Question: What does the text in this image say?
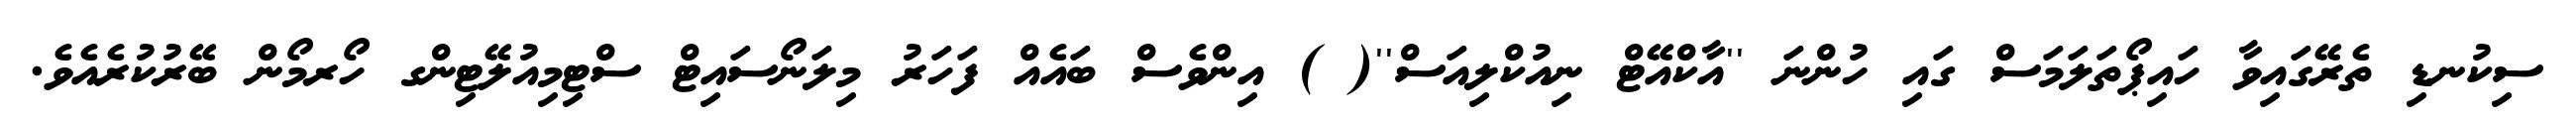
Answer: ސިކުނޑި ތެރޭގައިވާ ހައިޕޯތަލަމަސް ގައި ހުންނަ ''އާކްއޭޓް ނިއުކްލިއަސް''( ) އިންވެސް ބައެއް ފަހަރު މިލަނޯސައިޓް ސްޓިމިއުލޭޓިންގ ހޯރމޯން ބޭރުކުރެއެވެ.